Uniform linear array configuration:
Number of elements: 12
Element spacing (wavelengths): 1
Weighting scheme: uniform
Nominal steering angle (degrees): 60
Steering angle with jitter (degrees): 59.375
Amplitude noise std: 0.05
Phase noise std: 0.05

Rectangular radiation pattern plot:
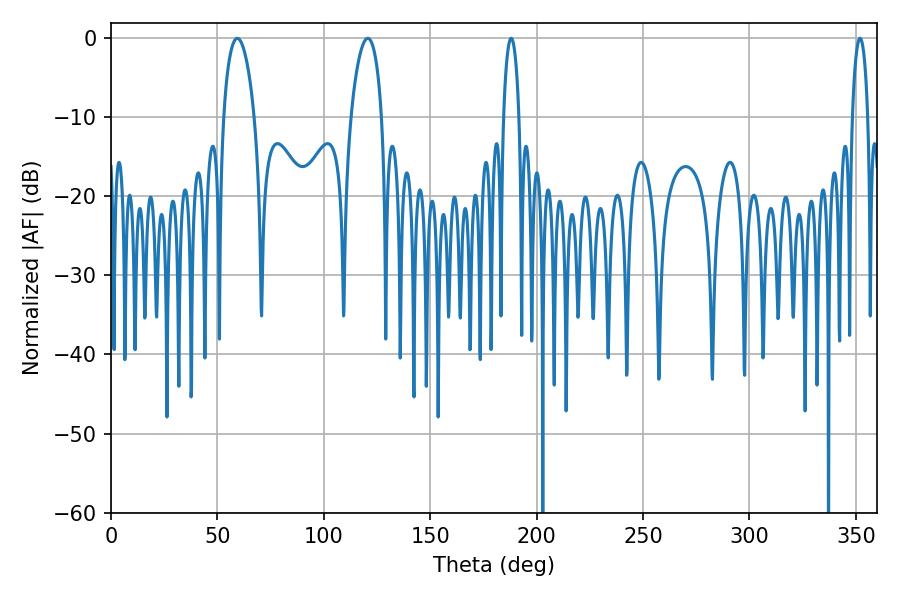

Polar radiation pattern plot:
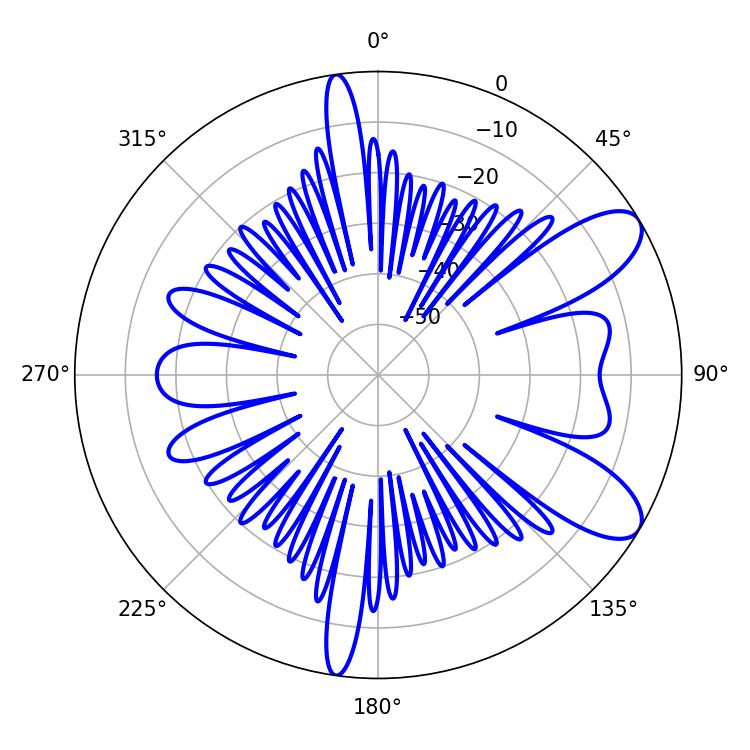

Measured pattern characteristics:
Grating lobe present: TRUE
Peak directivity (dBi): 9.056
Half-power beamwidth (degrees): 8.28
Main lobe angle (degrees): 59.4